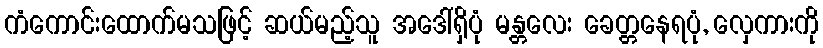
ကံကောင်းထောက်မသဖြင့် ဆယ်မည့်သူ အဒေါ်ရှိပုံ မန္တလေး ခေတ္တနေရပုံ, လှေကားကို